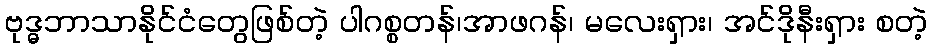
ဗုဒ္ဓဘာသာနိုင်ငံတွေဖြစ်တဲ့ ပါဂစ္စတန်၊အာဖဂန်၊ မလေးရှား၊ အင်ဒိုနီးရှား စတဲ့